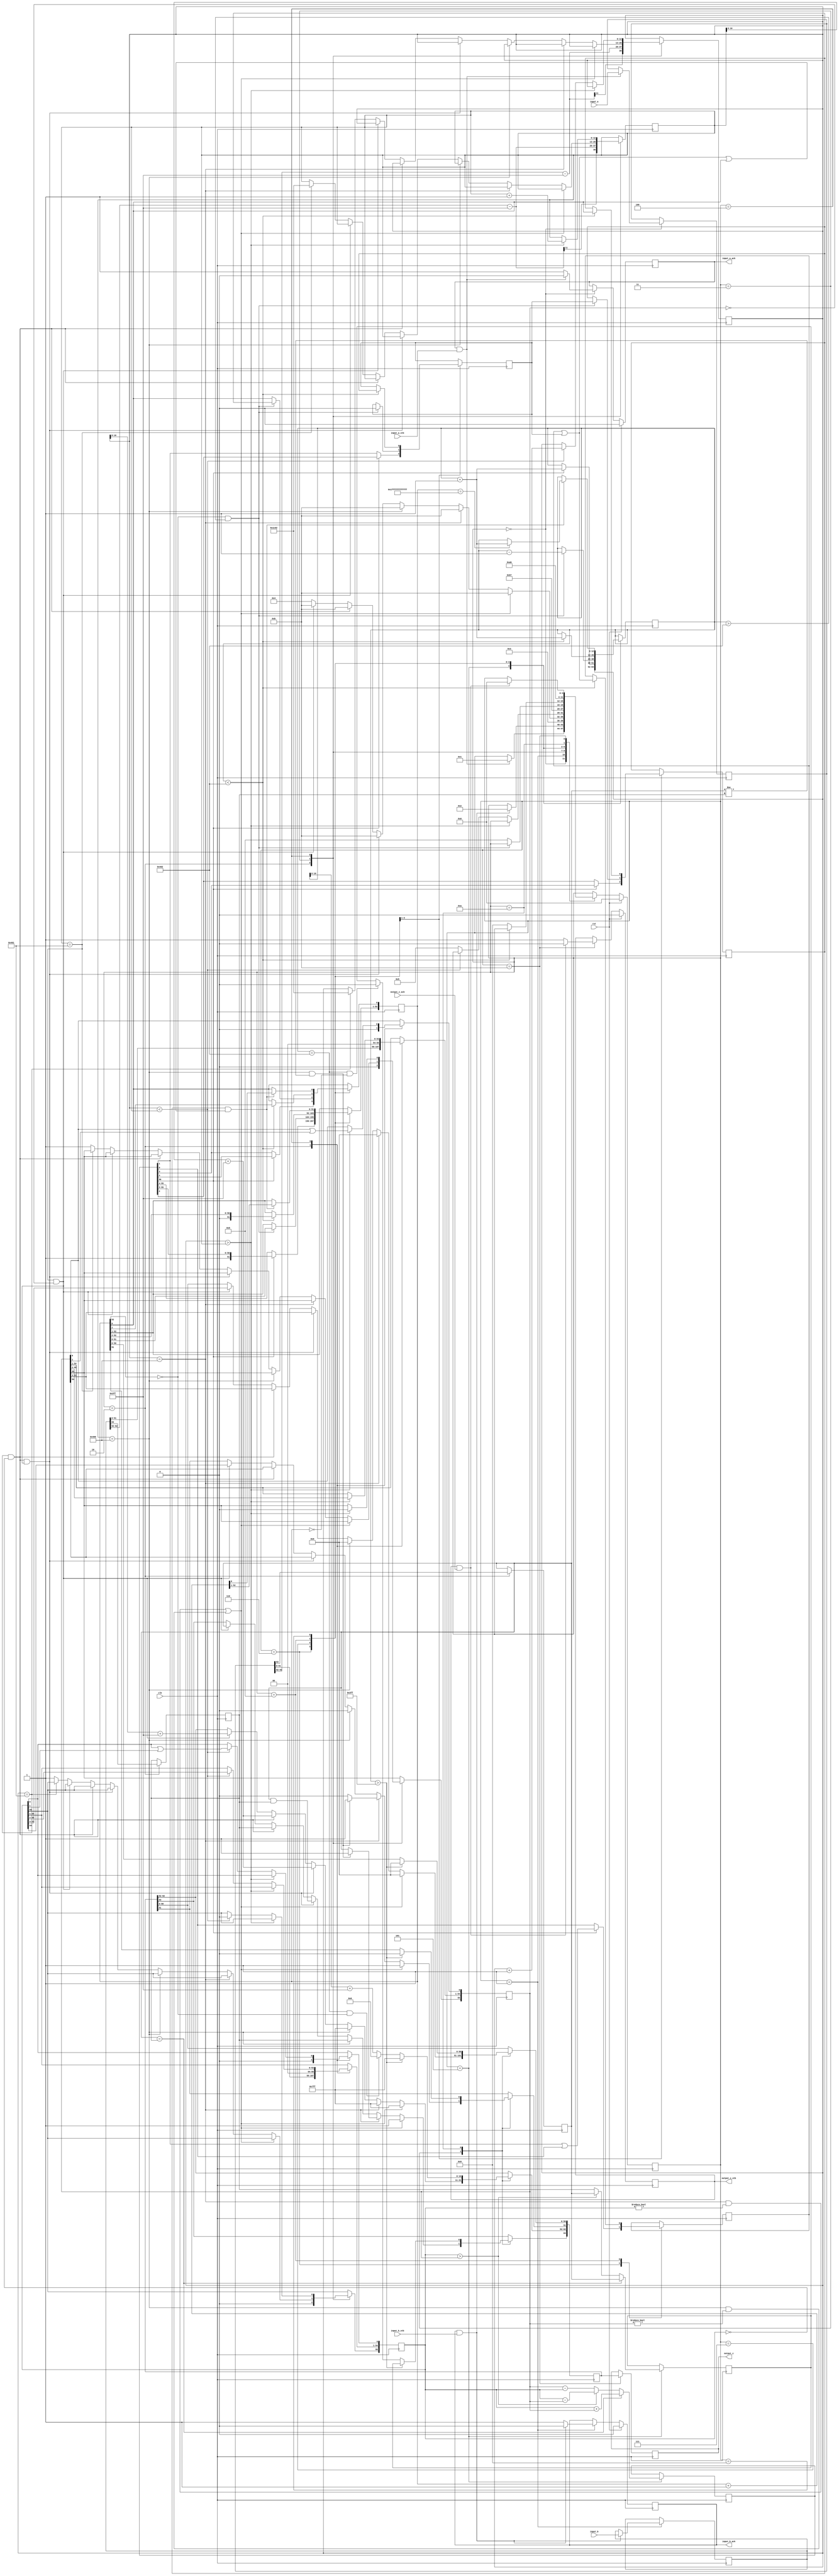
//IEEE Floating Point Adder (Double Precision)
//Copyright (C) Jonathan P Dawson 2013
//2013-12-12

module double_adder(
        input_a,
        input_b,
        input_a_stb,
        input_b_stb,
        output_z_ack,
        clk,
        rst,
        output_z,
        output_z_stb,
        input_a_ack,
        input_b_ack);

  input     clk;
  input     rst;

  input     [63:0] input_a;
  input     input_a_stb;
  output    input_a_ack;

  input     [63:0] input_b;
  input     input_b_stb;
  output    input_b_ack;

  output    [63:0] output_z;
  output    output_z_stb;
  input     output_z_ack;

  reg       s_output_z_stb;
  reg       [63:0] s_output_z;
  reg       s_input_a_ack;
  reg       s_input_b_ack;

  reg       [3:0] state;
  parameter get_a         = 4'd0,
            get_b         = 4'd1,
            unpack        = 4'd2,
            special_cases = 4'd3,
            align         = 4'd4,
            add_0         = 4'd5,
            add_1         = 4'd6,
            normalise_1   = 4'd7,
            normalise_2   = 4'd8,
            round         = 4'd9,
            pack          = 4'd10,
            put_z         = 4'd11;

  reg       [63:0] a, b, z;
  reg       [55:0] a_m, b_m;
  reg       [52:0] z_m;
  reg       [12:0] a_e, b_e, z_e;
  reg       a_s, b_s, z_s;
  reg       guard, round_bit, sticky;
  reg       [56:0] sum;

  always @(posedge clk)
  begin

    case(state)

      get_a:
      begin
        s_input_a_ack <= 1;
        if (s_input_a_ack && input_a_stb) begin
          a <= input_a;
          s_input_a_ack <= 0;
          state <= get_b;
        end
      end

      get_b:
      begin
        s_input_b_ack <= 1;
        if (s_input_b_ack && input_b_stb) begin
          b <= input_b;
          s_input_b_ack <= 0;
          state <= unpack;
        end
      end

      unpack:
      begin
        a_m <= {a[51 : 0], 3'd0};
        b_m <= {b[51 : 0], 3'd0};
        a_e <= a[62 : 52] - 1023;
        b_e <= b[62 : 52] - 1023;
        a_s <= a[63];
        b_s <= b[63];
        state <= special_cases;
      end

      special_cases:
      begin
        //if a is NaN or b is NaN return NaN 
        if ((a_e == 1024 && a_m != 0) || (b_e == 1024 && b_m != 0)) begin
          z[63] <= 1;
          z[62:52] <= 2047;
          z[51] <= 1;
          z[50:0] <= 0;
          state <= put_z;
        //if a is inf return inf
        end else if (a_e == 1024) begin
          z[63] <= a_s;
          z[62:52] <= 2047;
          z[51:0] <= 0;
          //if a is inf and signs don't match return nan
          if ((b_e == 1024) && (a_s != b_s)) begin
              z[63] <= 1;
              z[62:52] <= 2047;
              z[51] <= 1;
              z[50:0] <= 0;
          end
          state <= put_z;
        //if b is inf return inf
        end else if (b_e == 1024) begin
          z[63] <= b_s;
          z[62:52] <= 2047;
          z[51:0] <= 0;
          state <= put_z;
        //if a is zero return b
        end else if ((($signed(a_e) == -1023) && (a_m == 0)) && (($signed(b_e) == -1023) && (b_m == 0))) begin
          z[63] <= a_s & b_s;
          z[62:52] <= b_e[10:0] + 1023;
          z[51:0] <= b_m[55:3];
          state <= put_z;
        //if a is zero return b
        end else if (($signed(a_e) == -1023) && (a_m == 0)) begin
          z[63] <= b_s;
          z[62:52] <= b_e[10:0] + 1023;
          z[51:0] <= b_m[55:3];
          state <= put_z;
        //if b is zero return a
        end else if (($signed(b_e) == -1023) && (b_m == 0)) begin
          z[63] <= a_s;
          z[62:52] <= a_e[10:0] + 1023;
          z[51:0] <= a_m[55:3];
          state <= put_z;
        end else begin
          //Denormalised Number
          if ($signed(a_e) == -1023) begin
            a_e <= -1022;
          end else begin
            a_m[55] <= 1;
          end
          //Denormalised Number
          if ($signed(b_e) == -1023) begin
            b_e <= -1022;
          end else begin
            b_m[55] <= 1;
          end
          state <= align;
        end
      end

      align:
      begin
        if ($signed(a_e) > $signed(b_e)) begin
          b_e <= b_e + 1;
          b_m <= b_m >> 1;
          b_m[0] <= b_m[0] | b_m[1];
        end else if ($signed(a_e) < $signed(b_e)) begin
          a_e <= a_e + 1;
          a_m <= a_m >> 1;
          a_m[0] <= a_m[0] | a_m[1];
        end else begin
          state <= add_0;
        end
      end

      add_0:
      begin
        z_e <= a_e;
        if (a_s == b_s) begin
          sum <= {1'd0, a_m} + b_m;
          z_s <= a_s;
        end else begin
          if (a_m > b_m) begin
            sum <= {1'd0, a_m} - b_m;
            z_s <= a_s;
          end else begin
            sum <= {1'd0, b_m} - a_m;
            z_s <= b_s;
          end
        end
        state <= add_1;
      end

      add_1:
      begin
        if (sum[56]) begin
          z_m <= sum[56:4];
          guard <= sum[3];
          round_bit <= sum[2];
          sticky <= sum[1] | sum[0];
          z_e <= z_e + 1;
        end else begin
          z_m <= sum[55:3];
          guard <= sum[2];
          round_bit <= sum[1];
          sticky <= sum[0];
        end
        state <= normalise_1;
      end

      normalise_1:
      begin
        if (z_m[52] == 0 && $signed(z_e) > -1022) begin
          z_e <= z_e - 1;
          z_m <= z_m << 1;
          z_m[0] <= guard;
          guard <= round_bit;
          round_bit <= 0;
        end else begin
          state <= normalise_2;
        end
      end

      normalise_2:
      begin
        if ($signed(z_e) < -1022) begin
          z_e <= z_e + 1;
          z_m <= z_m >> 1;
          guard <= z_m[0];
          round_bit <= guard;
          sticky <= sticky | round_bit;
        end else begin
          state <= round;
        end
      end

      round:
      begin
        if (guard && (round_bit | sticky | z_m[0])) begin
          z_m <= z_m + 1;
          if (z_m == 53'h1fffffffffffff) begin
            z_e <=z_e + 1;
          end
        end
        state <= pack;
      end

      pack:
      begin
        z[51 : 0] <= z_m[51:0];
        z[62 : 52] <= z_e[10:0] + 1023;
        z[63] <= z_s;
        if ($signed(z_e) == -1022 && z_m[52] == 0) begin
          z[62 : 52] <= 0;
        end
        if ($signed(z_e) == -1022 && z_m[52:0] == 0) begin
           z[63] <= 0;
        end

        //if overflow occurs, return inf
        if ($signed(z_e) > 1023) begin
          z[51 : 0] <= 0;
          z[62 : 52] <= 2047;
          z[63] <= z_s;
        end
        state <= put_z;
      end

      put_z:
      begin
        s_output_z_stb <= 1;
        s_output_z <= z;
        if (s_output_z_stb && output_z_ack) begin
          s_output_z_stb <= 0;
          state <= get_a;
        end
      end

    endcase

    if (rst == 1) begin
      state <= get_a;
      s_input_a_ack <= 0;
      s_input_b_ack <= 0;
      s_output_z_stb <= 0;
    end

  end
  assign input_a_ack = s_input_a_ack;
  assign input_b_ack = s_input_b_ack;
  assign output_z_stb = s_output_z_stb;
  assign output_z = s_output_z;

endmodule